Report of the Indian Hemp Drugs Commission, 1894-1895 - Volume I
Year: 1894
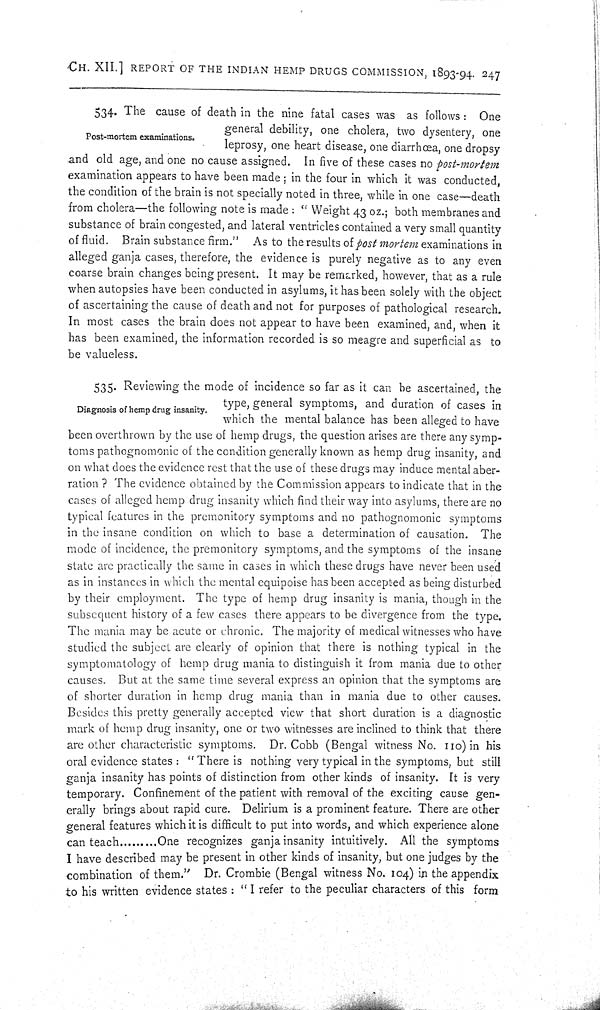
CH. XII.] REPORT OF THE INDIAN HEMP DRUGS COMMISSION, 1893-94. 247
Post-mortem examinations.
534. The cause of death in the nine fatal cases was as follows: One
general debility, one cholera, two dysentery, one
leprosy, one heart disease, one diarrhœa, one dropsy
and old age, and one no cause assigned. In five of these cases no post-mortem
examination appears to have been made; in the four in which it was conducted,
the condition of the brain is not specially noted in three, while in one case—death
from cholera—the following note is made: "Weight 43 oz.; both membranes and
substance of brain congested, and lateral ventricles contained a very small quantity
of fluid. Brain substance firm." As to the results of post mortem examinations in
alleged ganja cases, therefore, the evidence is purely negative as to any even
coarse brain changes being present. It may be remarked, however, that as a rule
when autopsies have been conducted in asylums, it has been solely with the object
of ascertaining the cause of death and not for purposes of pathological research.
In most cases the brain does not appear to have been examined, and, when it
has been examined, the information recorded is so meagre and superficial as to
be valueless.
Diagnosis of hemp drug insanity.
535. Reviewing the mode of incidence so far as it can be ascertained, the
type, general symptoms, and duration of cases in
which the mental balance has been alleged to have
been overthrown by the use of hemp drugs, the question arises are there any symp-
toms pathognomonic of the condition generally known as hemp drug insanity, and
on what does the evidence rest that the use of these drugs may induce mental aber-
ration ? The evidence obtained by the Commission appears to indicate that in the
cases of alleged hemp drug insanity which find their way into asylums, there are no
typical features in the premonitory symptoms and no pathognomonic symptoms
in the insane condition on which to base a determination of causation. The
mode of incidence, the premonitory symptoms, and the symptoms of the insane
state are practically the same in cases in which these drugs have never been used
as in instances in which the mental equipoise has been accepted as being disturbed
by their employment. The type of hemp drug insanity is mania, though in the
subsequent history of a few cases there appears to be divergence from the type.
The mania may be acute or chronic. The majority of medical witnesses who have
studied the subject are clearly of opinion that there is nothing typical in the
symptomatology of hemp drug mania to distinguish it from mania due to other
causes. But at the same time several express an opinion that the symptoms are
of shorter duration in hemp drug mania than in mania due to other causes.
Besides this pretty generally accepted view that short duration is a diagnostic
mark of hemp drug insanity, one or two witnesses are inclined to think that there
are other characteristic symptoms. Dr. Cobb (Bengal witness No. 110) in his
oral evidence states: "There is nothing very typical in the symptoms, but still
ganja insanity has points of distinction from other kinds of insanity. It is very
temporary. Confinement of the patient with removal of the exciting cause gen-
erally brings about rapid cure. Delirium is a prominent feature. There are other
general features which it is difficult to put into words, and which experience alone
can teach
One recognizes ganja insanity intuitively. All the symptoms
I have described may be present in other kinds of insanity, but one judges by the
combination of them." Dr. Crombie (Bengal witness No. 104) in the appendix
to his written evidence states: "I refer to the peculiar characters of this form